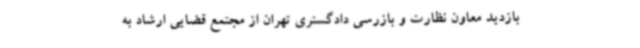
بازدید معاون نظارت و بازرسی دادگستری تهران از مجتمع قضایی ارشاد به